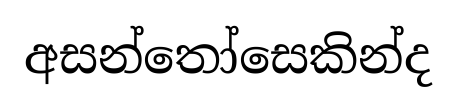
අසන්තෝසෙකින්ද